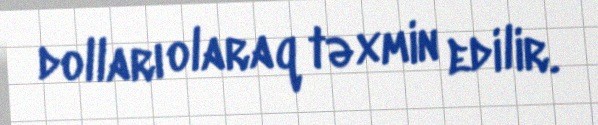
dolları olaraq təxmin edilir.